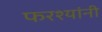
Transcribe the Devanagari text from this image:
फरश्यांनी